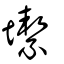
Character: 𡐤